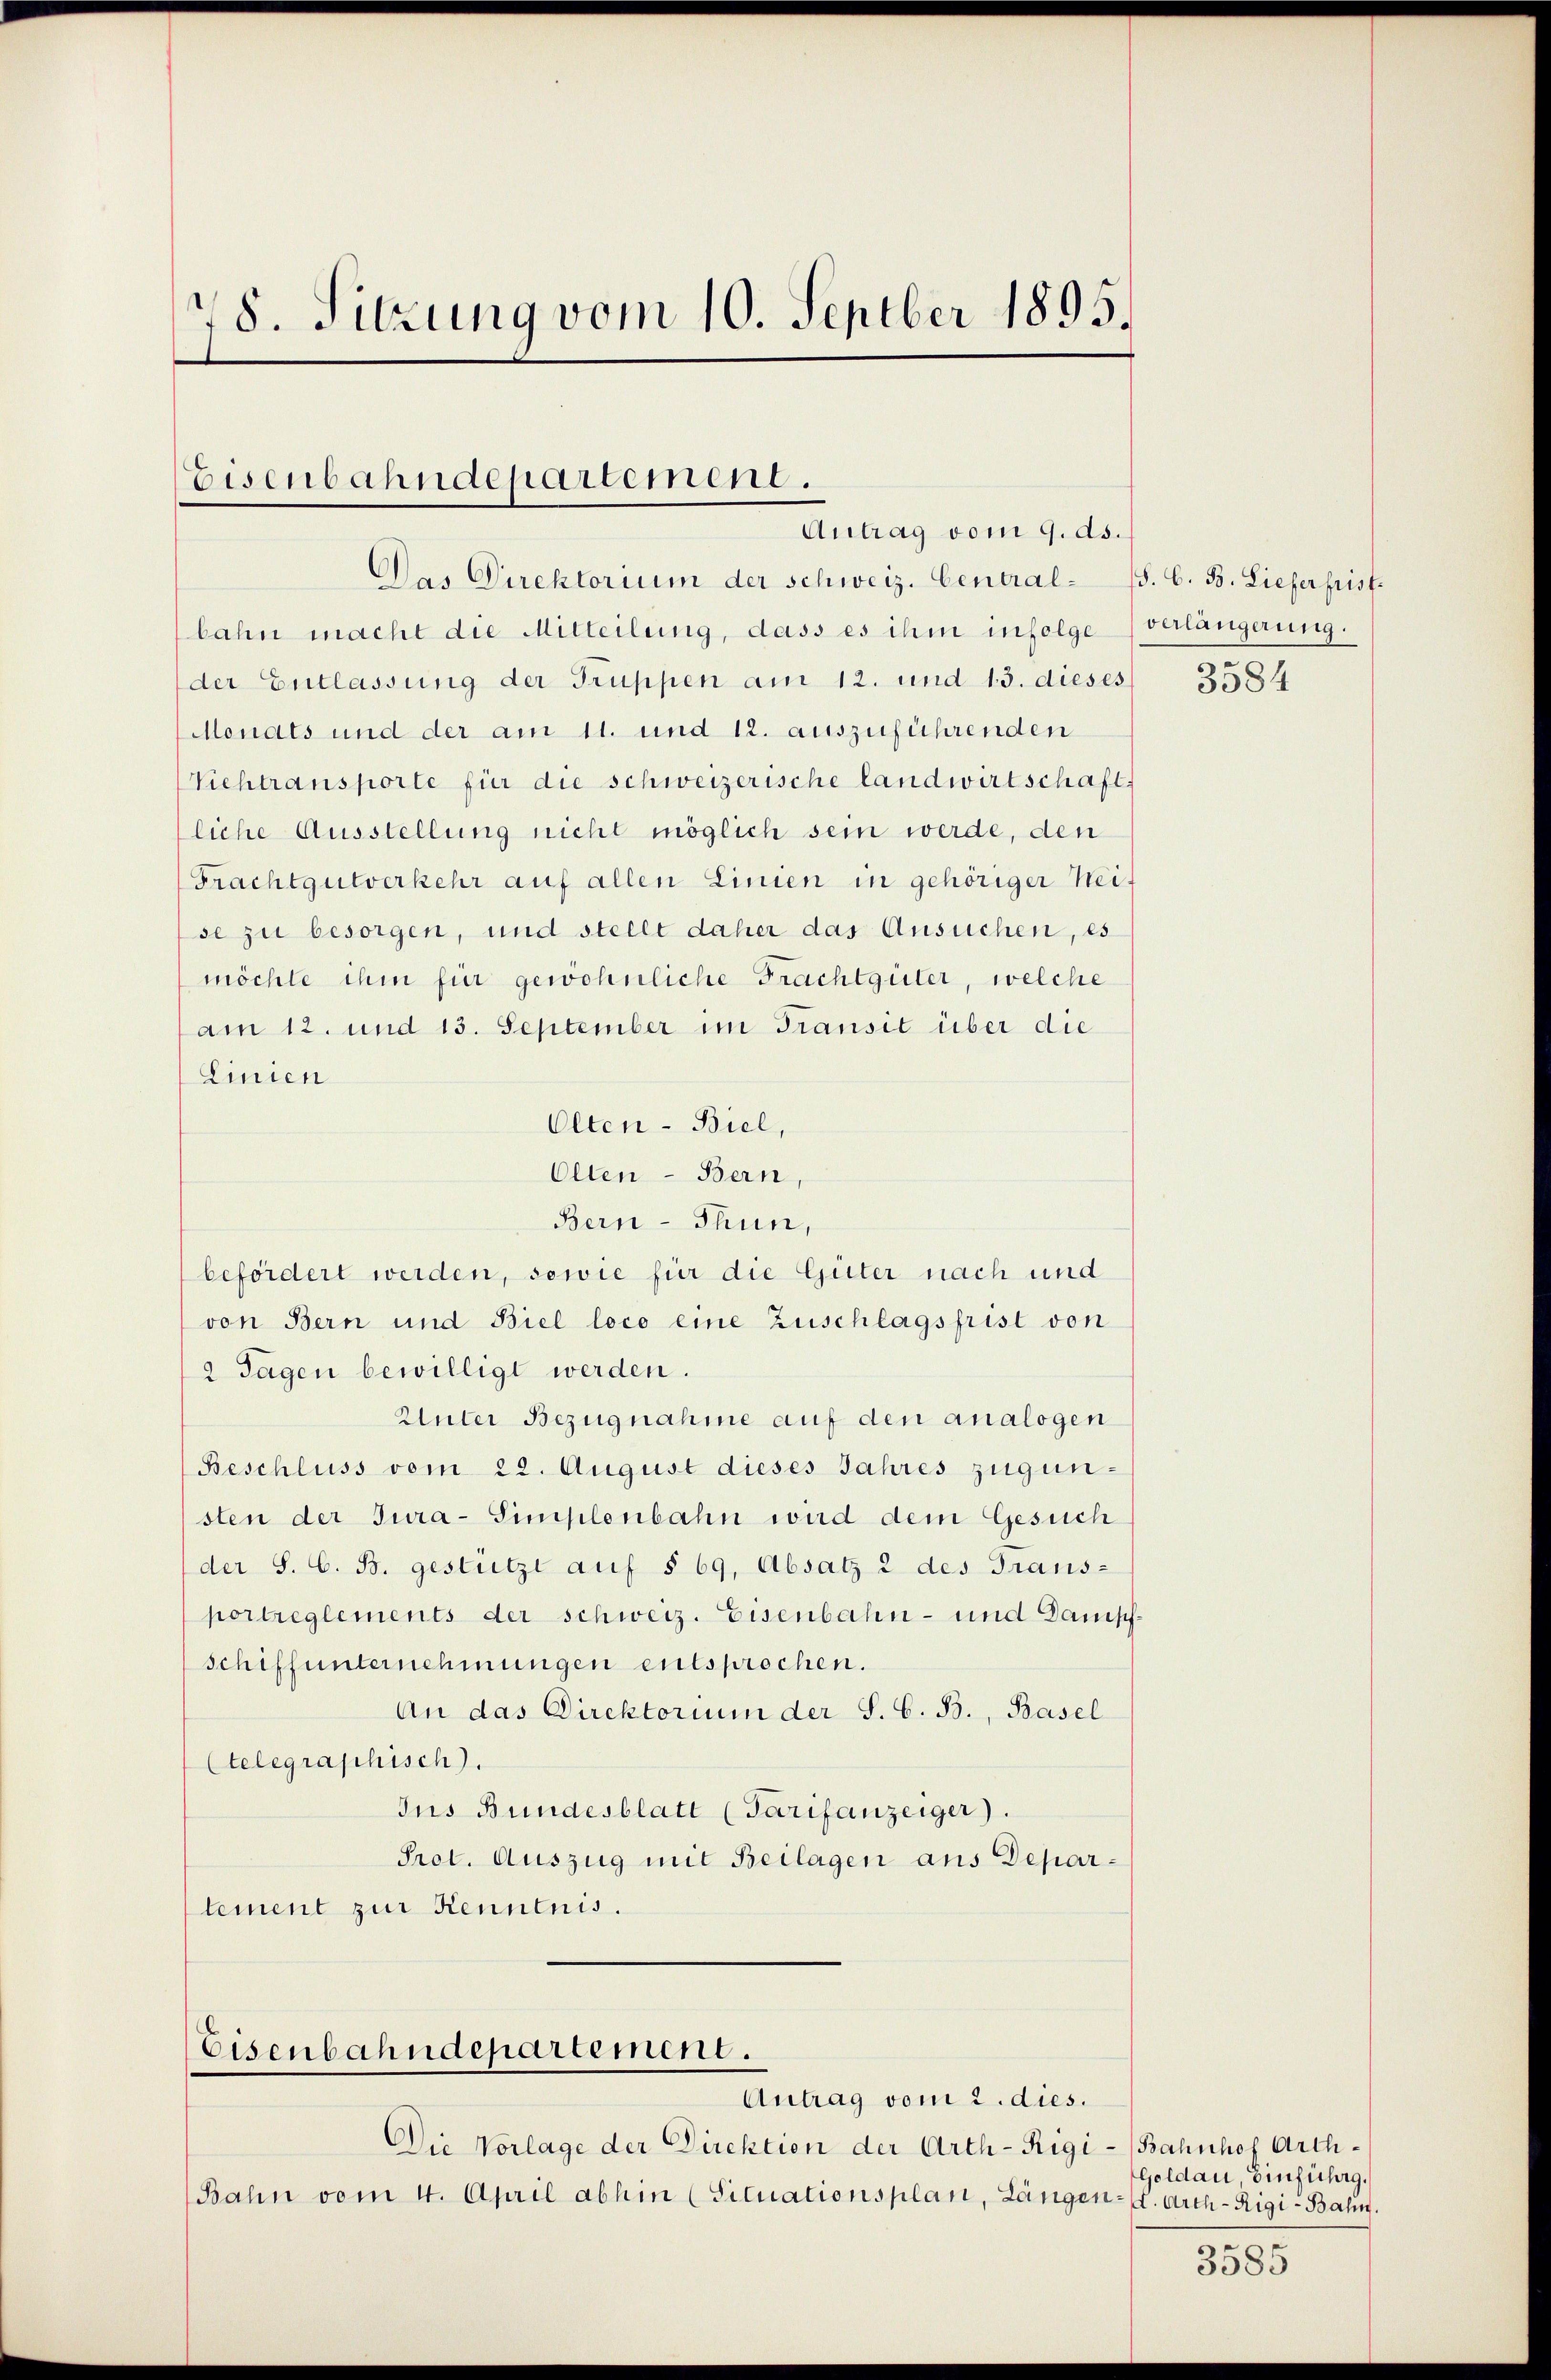
78. Sitzung vom 10. Septber 1895.

Eisenbahndepartement.
Antrag vom 9. ds.

Das Direktorium der schweiz. Central- (5. C. B. Liefer pist.
bahn macht die Mitteilung, dass es ihm infolge verlängerung.
der Entlassung der Truppen am 12. und 13. dieses
Monats und der am 11. und 12. auszuführenden
Viehtransporte für die schweizerische landwirtschafts
liche Ausstellung nicht möglich sein werde, den
Frachtgutverkehr auf allen Linien in gehöriger Weise zu besorgen, und stellt daher das Ansuchen, es
möchte ihm für gewöhnliche Frachtgüter, welche
am 12. und 13. September im Transit über die
Linien
Olten - Biel,
Olten - Bern,
Bern - Thun,
befördert werden, sowie für die Güter nach und
von Bern und Biel loco eine Zuschlagsfrist von
2 Tagen bewilligt werden.
Unter Bezugnahme auf den analogen
Beschluss vom 22. August dieses Jahres zugunsten der Jura-Simplenbahn wird dem Gesuch
der S. C. B. gestützt auf § 69, Absatz 2 des Trans-
portreglements der schweiz. Eisenbahn- und Danischschiffunternehmungen entsprochen.
An das Direktorium der S. G. B., Basel
telegraphisch).
Jus Bundesblatt (Tarifanzeiger).
Prot. Auszug mit Beilagen aus Departement zur Kenntnis.

Die Vorlage der Direktion der Arth-Rigi
Bahn vom 4. April abhin (Situationsplan, Längen. Arth-Rigi - Balin.

Eisenbahndepartement.
Antrag vom 2. dies.

3584

Bahnhof Arth¬
Goldau, Einführg.

3585